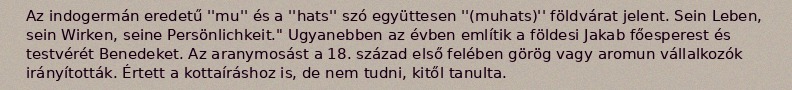
Az indogermán eredetű ''mu'' és a ''hats'' szó együttesen ''(muhats)'' földvárat jelent. Sein Leben, sein Wirken, seine Persönlichkeit." Ugyanebben az évben említik a földesi Jakab főesperest és testvérét Benedeket. Az aranymosást a 18. század első felében görög vagy aromun vállalkozók irányították. Értett a kottaíráshoz is, de nem tudni, kitől tanulta.